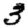
Digit: 3